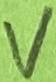
Text: V